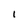
Character: 1